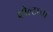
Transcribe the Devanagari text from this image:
व्होल्टाचा